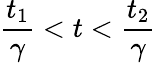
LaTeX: \frac{t_{1}}{\gamma}<t<\frac{t_{2}}{\gamma}